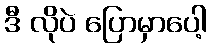
ဒီ လိုပဲ ပြောမှာပေါ့